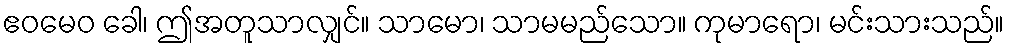
ဧဝမေဝ ခေါ၊ ဤအတူသာလျှင်။ သာမော၊ သာမမည်သော။ ကုမာရော၊ မင်းသားသည်။